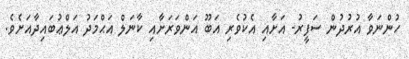
ހުންނަވާ އުރުދުން ސަފީރު- އަށާއި އެކުވެރި އަބޫ އަންވަރަށާއި ކާނަލް އަޙްމަދު އަލްޢުބައިދާއަށެވެ.